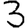
Digit: 3